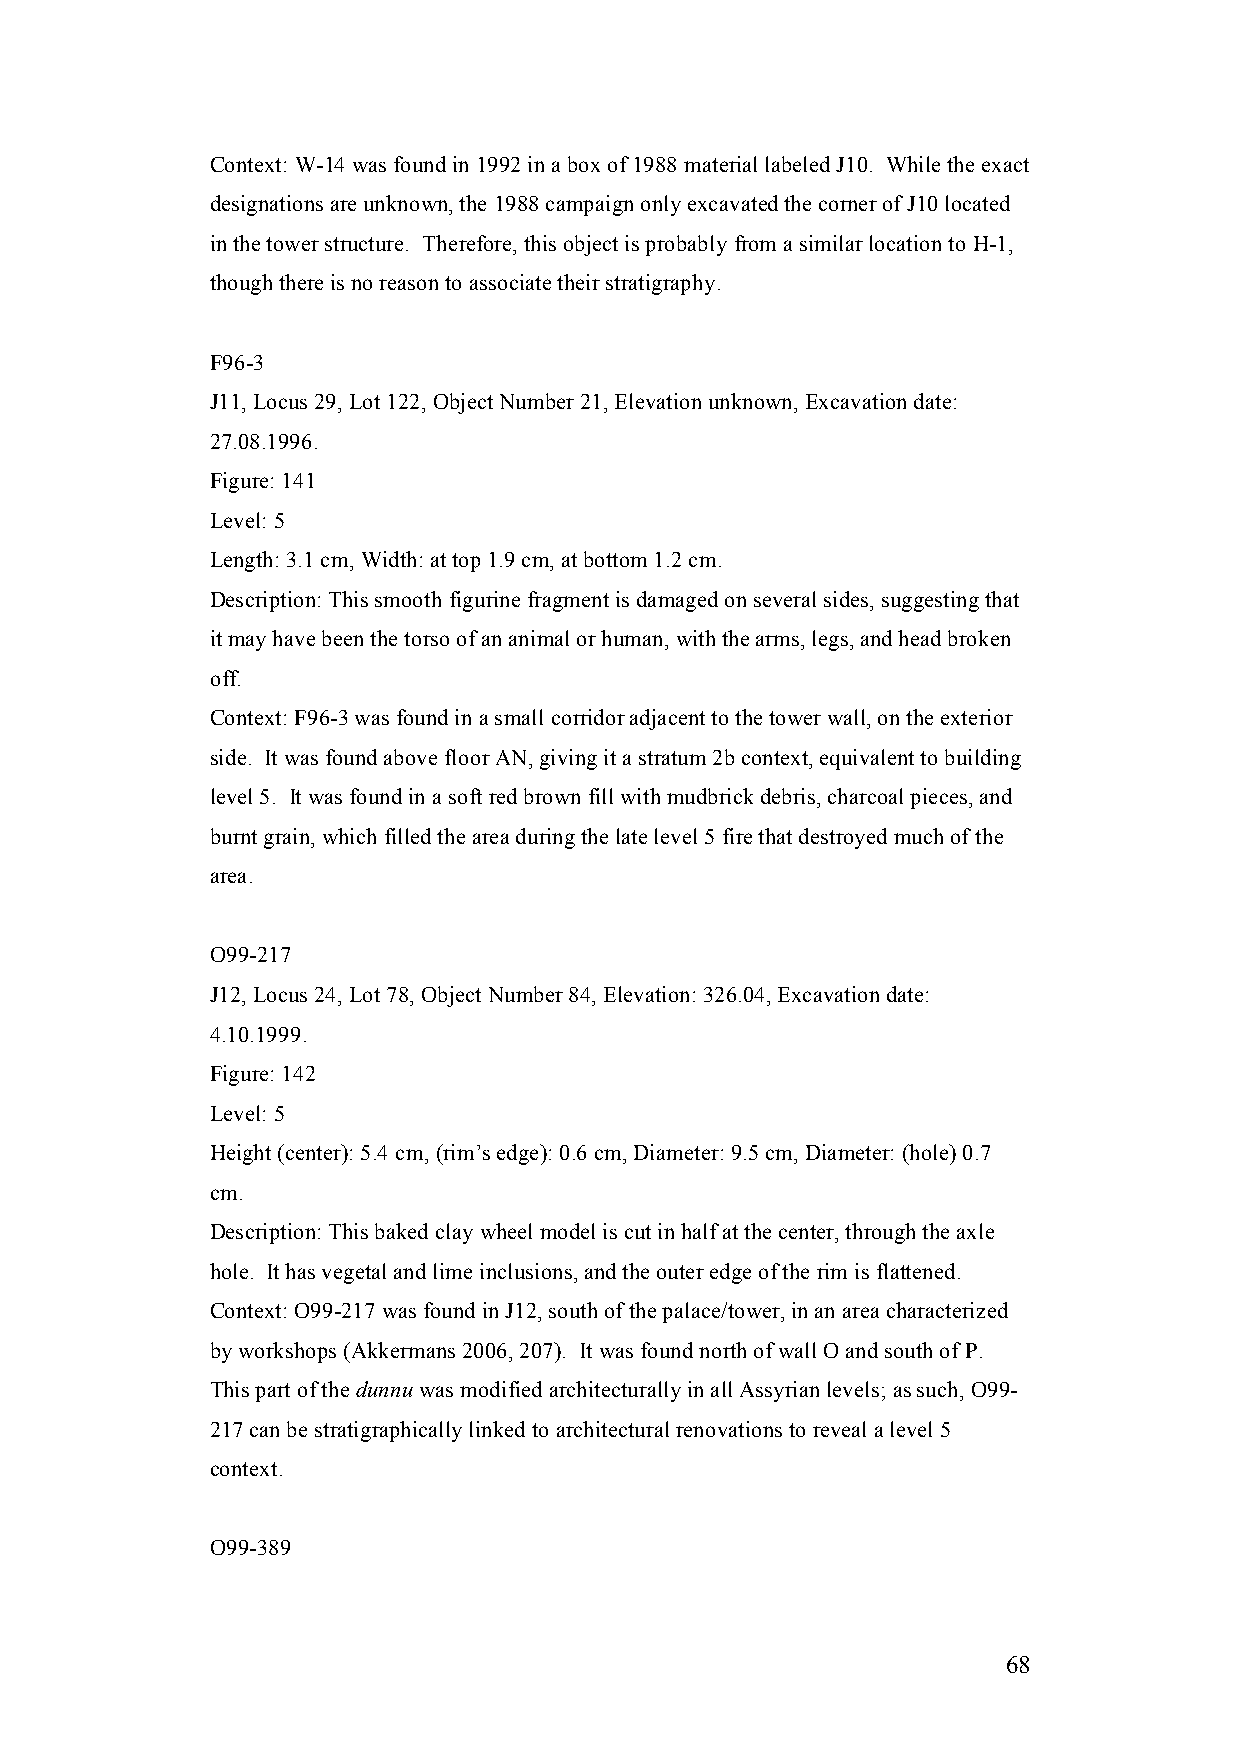
Context: W-14 was found in 1992 in a box of 1988 material labeled J10. While the exact
 designations are unknown, the 1988 campaign only excavated the corner of J10 located
 in the tower structure. Therefore, this object is probably from a similar location to H-1,
 though there is no reason to associate their stratigraphy.
 F96-3
 J11, Locus 29, Lot 122, Object Number 21, Elevation unknown, Excavation date:
 27.08.1996.
 Figure: 141
 Level: 5
 Length: 3.1 cm, Width: at top 1.9 cm, at bottom 1.2 cm.
 Description: This smooth figurine fragment is damaged on several sides, suggesting that
 it may have been the torso of an animal or human, with the arms, legs, and head broken
 off.
 Context: F96-3 was found in a small corridor adjacent to the tower wall, on the exterior
 side. It was found above floor AN, giving it a stratum 2b context, equivalent to building
 level 5. It was found in a soft red brown fill with mudbrick debris, charcoal pieces, and
 burnt grain, which filled the area during the late level 5 fire that destroyed much of the
 area.
 O99-217
 J12, Locus 24, Lot 78, Object Number 84, Elevation: 326.04, Excavation date:
 4.10.1999.
 Figure: 142
 Level: 5
 Height (center): 5.4 cm, (rim’s edge): 0.6 cm, Diameter: 9.5 cm, Diameter: (hole) 0.7
 cm.
 Description: This baked clay wheel model is cut in half at the center, through the axle
 hole. It has vegetal and lime inclusions, and the outer edge of the rim is flattened.
 Context: O99-217 was found in J12, south of the palace/tower, in an area characterized
 by workshops (Akkermans 2006, 207). It was found north of wall O and south of P.
 This part of the dunnu was modified architecturally in all Assyrian levels; as such, O99-
 217 can be stratigraphically linked to architectural renovations to reveal a level 5
 context.
 O99-389
 68